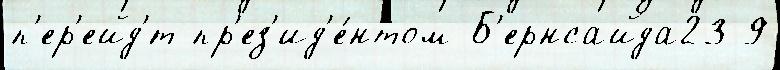
п'ер'ейд'́т пр'ез'ид'е́нтом Б'ернсайда23 9